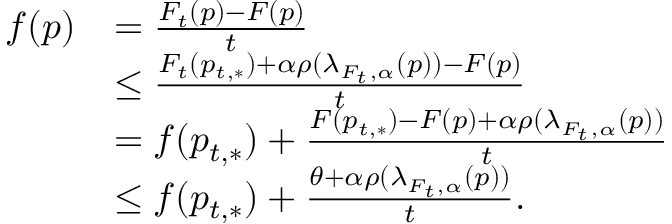
\begin{array} { r l } { f ( p ) } & { = \frac { F _ { t } ( p ) - F ( p ) } t } \\ & { \leq \frac { F _ { t } ( p _ { t , * } ) + \alpha \rho ( \lambda _ { F _ { t } , \alpha } ( p ) ) - F ( p ) } t } \\ & { = f ( p _ { t , * } ) + \frac { F ( p _ { t , * } ) - F ( p ) + \alpha \rho ( \lambda _ { F _ { t } , \alpha } ( p ) ) } t } \\ & { \leq f ( p _ { t , * } ) + \frac { \theta + \alpha \rho ( \lambda _ { F _ { t } , \alpha } ( p ) ) } t . } \end{array}